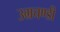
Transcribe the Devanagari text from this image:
उग्रचण्डी